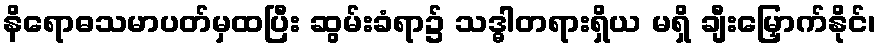
နိရောဓသမာပတ်မှထပြီး ဆွမ်းခံရာ၌ သဒ္ဓါတရားရှိယ မရှိ ချီးမြှောက်နိုင်၊